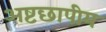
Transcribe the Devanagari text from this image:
अष्टछापीय